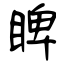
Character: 睥